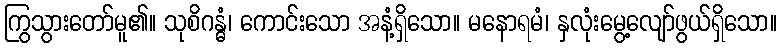
ကြွသွားတော်မူ၏။ သုစိဂန္ဓံ၊ ကောင်းသော အနံ့ရှိသော။ မနောရမံ၊ နှလုံးမွေ့လျော်ဖွယ်ရှိသော။